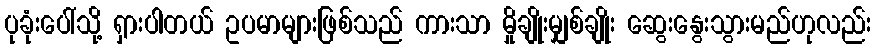
ပုခုံးပေါ်သို့ ရှားပါတယ် ဥပမာများဖြစ်သည် ကားသာ မှိုချိုးမျှစ်ချိုး ဆွေးနွေးသွားမည်ဟုလည်း